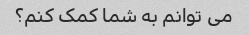
می توانم به شما کمک کنم؟